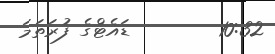
10:32        ޑައެޓްގެ ފުރަތަމަ